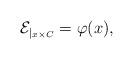
LaTeX: \begin{align*}\mathcal{E}_{|_{x \times C}} = \varphi(x),\end{align*}